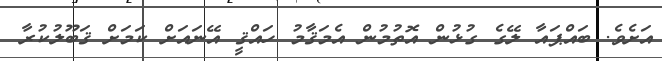
އަށެވެ. ބައްޕައާ ލޭގެ ގުޅުން އޮތުމުން އެމަޤާމު ހައްޤީ އޭނައަށް ކަމަށް ޤަބޫލުކުރާ